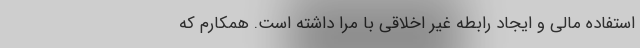
استفاده مالی و ایجاد رابطه غیر اخلاقی با مرا داشته است. همکارم که